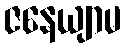
ဇနေယျာမ